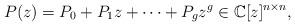
LaTeX: \begin{align*} P(z) = P_0 + P_1 z + \dots + P_g z^g\in\mathbb{C}[z]^{n\times n},\end{align*}